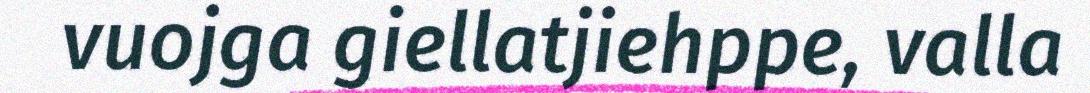
vuojga giellatjiehppe, valla